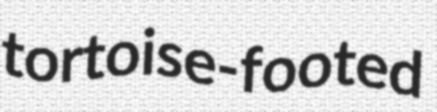
tortoise-footed